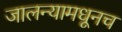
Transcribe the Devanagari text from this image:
जालन्यामधूनच